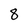
Character: 8